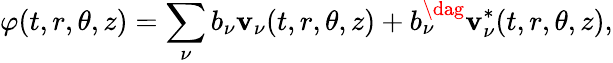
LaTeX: \varphi(t,r,\theta,z)=\sum_{\nu}b_{\nu}\mathbf{v}_{\nu}(t,r,\theta,z)+b_{\nu}^{\dag}\mathbf{v}_{\nu}^{*}(t,r,\theta,z),